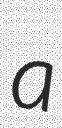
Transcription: a